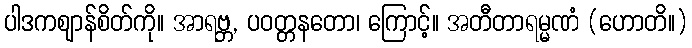
ပါဒကဈာန်စိတ်ကို။ အာရဗ္ဘ, ပဝတ္တနတော၊ ကြောင့်။ အတီတာရမ္မဏံ (ဟောတိ။)